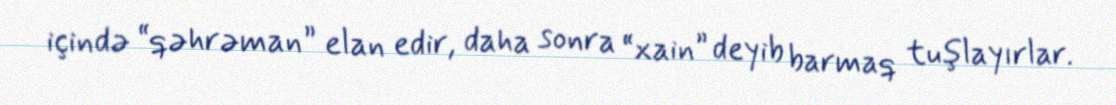
içində “qəhrəman” elan edir, daha sonra “xain” deyib barmaq tuşlayırlar.